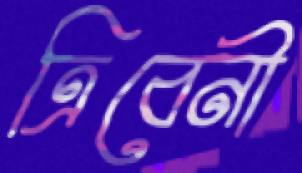
ত্রিবেনী